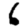
Digit: 6